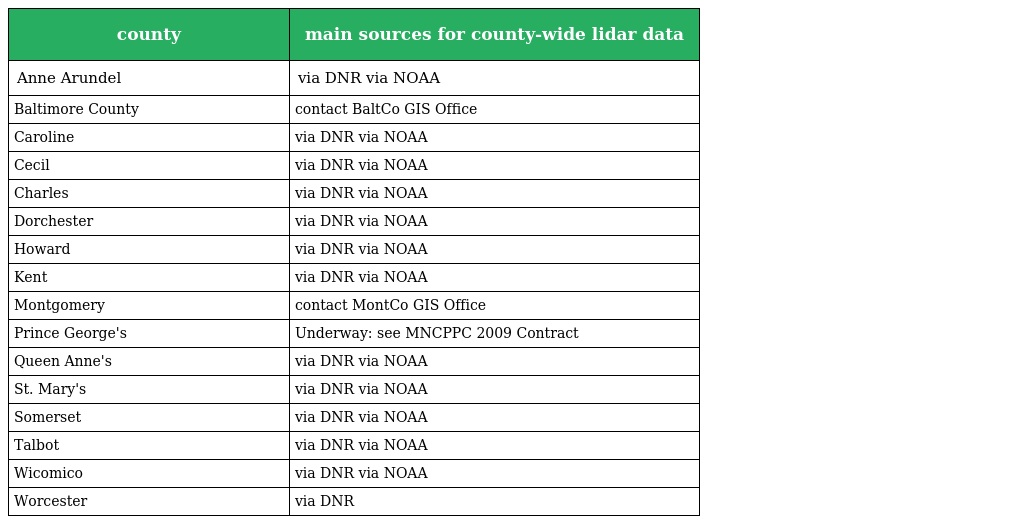
| county | main sources for county-wide lidar data |
 | --- | --- |
 | Anne Arundel | via DNR via NOAA |
 | Baltimore County | contact BaltCo GIS Office |
 | Caroline | via DNR via NOAA |
 | Cecil | via DNR via NOAA |
 | Charles | via DNR via NOAA |
 | Dorchester | via DNR via NOAA |
 | Howard | via DNR via NOAA |
 | Kent | via DNR via NOAA |
 | Montgomery | contact MontCo GIS Office |
 | Prince George's | Underway: see MNCPPC 2009 Contract |
 | Queen Anne's | via DNR via NOAA |
 | St. Mary's | via DNR via NOAA |
 | Somerset | via DNR via NOAA |
 | Talbot | via DNR via NOAA |
 | Wicomico | via DNR via NOAA |
 | Worcester | via DNR |